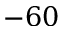
- 6 0